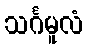
သင်္ဂမူလံ